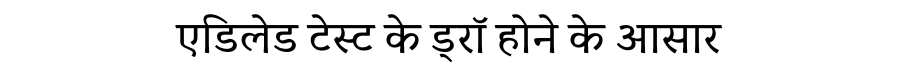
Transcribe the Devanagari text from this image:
एडिलेड टेस्ट के ड्रॉ होने के आसार